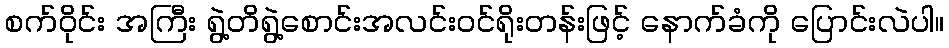
စက်ဝိုင်း အကြီး ရွဲ့တိရွဲ့စောင်းအလင်းဝင်ရိုးတန်းဖြင့် နောက်ခံကို ပြောင်းလဲပါ။